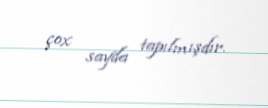
çox sayda tapılmışdır.